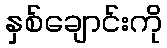
နှစ်ချောင်းကို